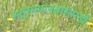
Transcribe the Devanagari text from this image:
सत्सामान्यांसारखे